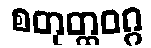
စတုတ္ထဝဂ္ဂ